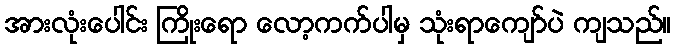
အားလုံးပေါင်း ကြိုးရော လော့ကက်ပါမှ သုံးရာကျော်ပဲ ကျသည်။